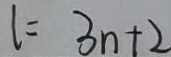
l = 3 n + 2